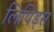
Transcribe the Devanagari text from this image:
लिपिड्स